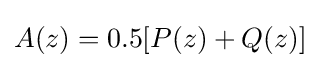
A(z)=0.5[P(z)+Q(z)]